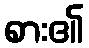
စား၏